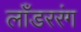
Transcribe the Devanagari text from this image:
लाँडररंग